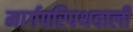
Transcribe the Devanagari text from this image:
मार्गपरिपथवाली